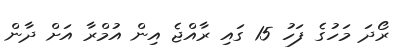
ރޯދަ މަހުގެ ފަހު 15 ގައި ރާއްޖެ އިން އުމްރާ އަށް ދާން